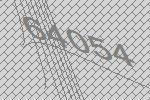
64054